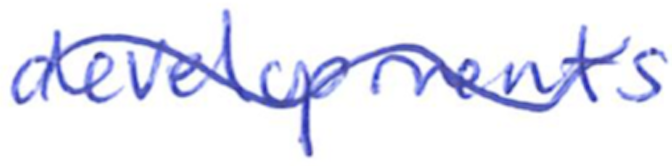
Text: developments
Cross-out: wave
Writing tool: ballpoint